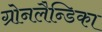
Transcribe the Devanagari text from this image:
ग्रोनलैन्डिका